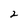
Character: 2